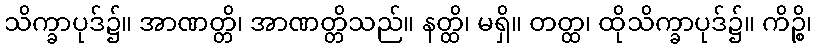
သိက္ခာပုဒ်၌။ အာဏတ္တိ၊ အာဏတ္တိသည်။ နတ္ထိ၊ မရှိ။ တတ္ထ၊ ထိုသိက္ခာပုဒ်၌။ ကိဉ္စိ၊